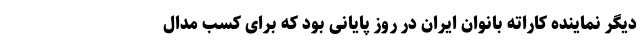
دیگر نماینده کاراته بانوان ایران در روز پایانی بود که برای کسب مدال